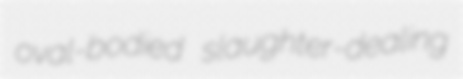
oval-bodied slaughter-dealing